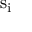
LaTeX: { \mathrm { s } } _ { \mathrm { i } }